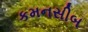
કમનસીબ